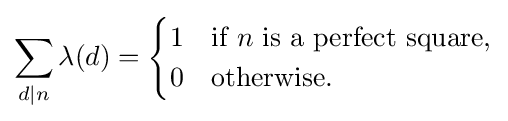
\sum _{d|n}\lambda (d)={\begin{cases}1&{\text{if }}n{\text{ is a perfect square,}}\\0&{\text{otherwise.}}\end{cases}}